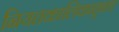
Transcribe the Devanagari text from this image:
नियतकालिकातूनच